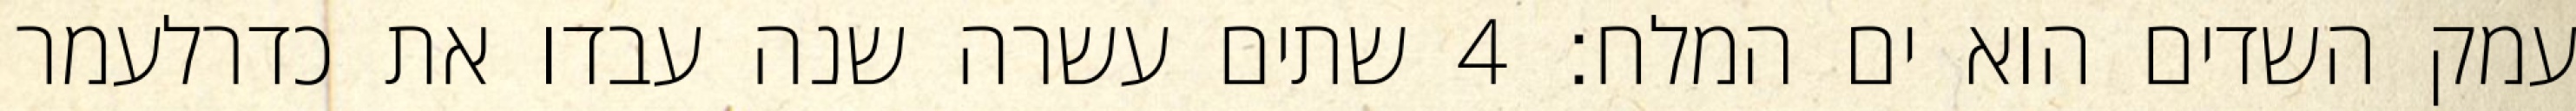
עמק השדים הוא ים המלח׃ ‎4‏ שתים עשרה שנה עבדו את כדרלעמר